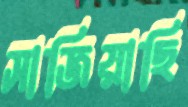
সাজিয়াছি